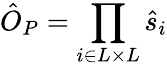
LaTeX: \hat{O}_{P}=\prod_{i\in L\times L}\hat{s}_{i}